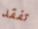
تفقد